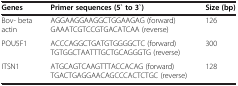
| Genes | Primer sequences (5` to 3`) | Size (bp) |
 | --- | --- | --- |
 | Bov- beta actin | AGGAAGGAAGGCTGGAAGAG (forward) GAAATCGTCCGTGACATCAA (reverse) | 126 |
 | POU5F1 | ACCCAGGCTGATGTGGGGCTC (forward) TGTGGCTAATTTGCTGCAGGGTG (reverse) | 300 |
 | ITSN1 | ATGCAGTCAAGTTTACCACAG (forward) TGACTGAGGAACAGCCCACTCTGC (reverse) | 128 |